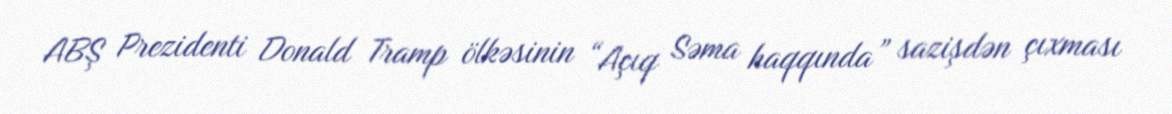
ABŞ Prezidenti Donald Tramp ölkəsinin “Açıq Səma haqqında” sazişdən çıxması